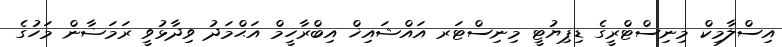
އިސްލާމިކް މިނިސްޓްރީގެ ޑިޕިޔުޓީ މިނިސްޓަރ އައްޝައިޚް އިބްރާހީމް އަޙްމަދު ވިދާޅުވީ ރަމަޟާން މަހުގެ